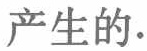
产生的.